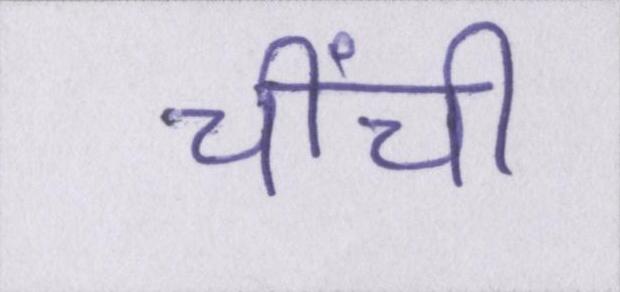
चींची